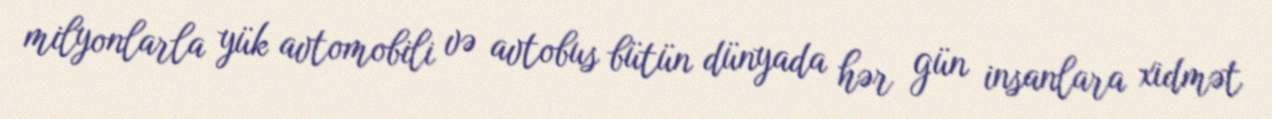
milyonlarla yük avtomobili və avtobus bütün dünyada hər gün insanlara xidmət